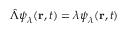
\hat { \Lambda } \boldsymbol { \psi } _ { \lambda } ( \mathbf { r } , t ) = \lambda \boldsymbol { \psi } _ { \lambda } ( \mathbf { r } , t )